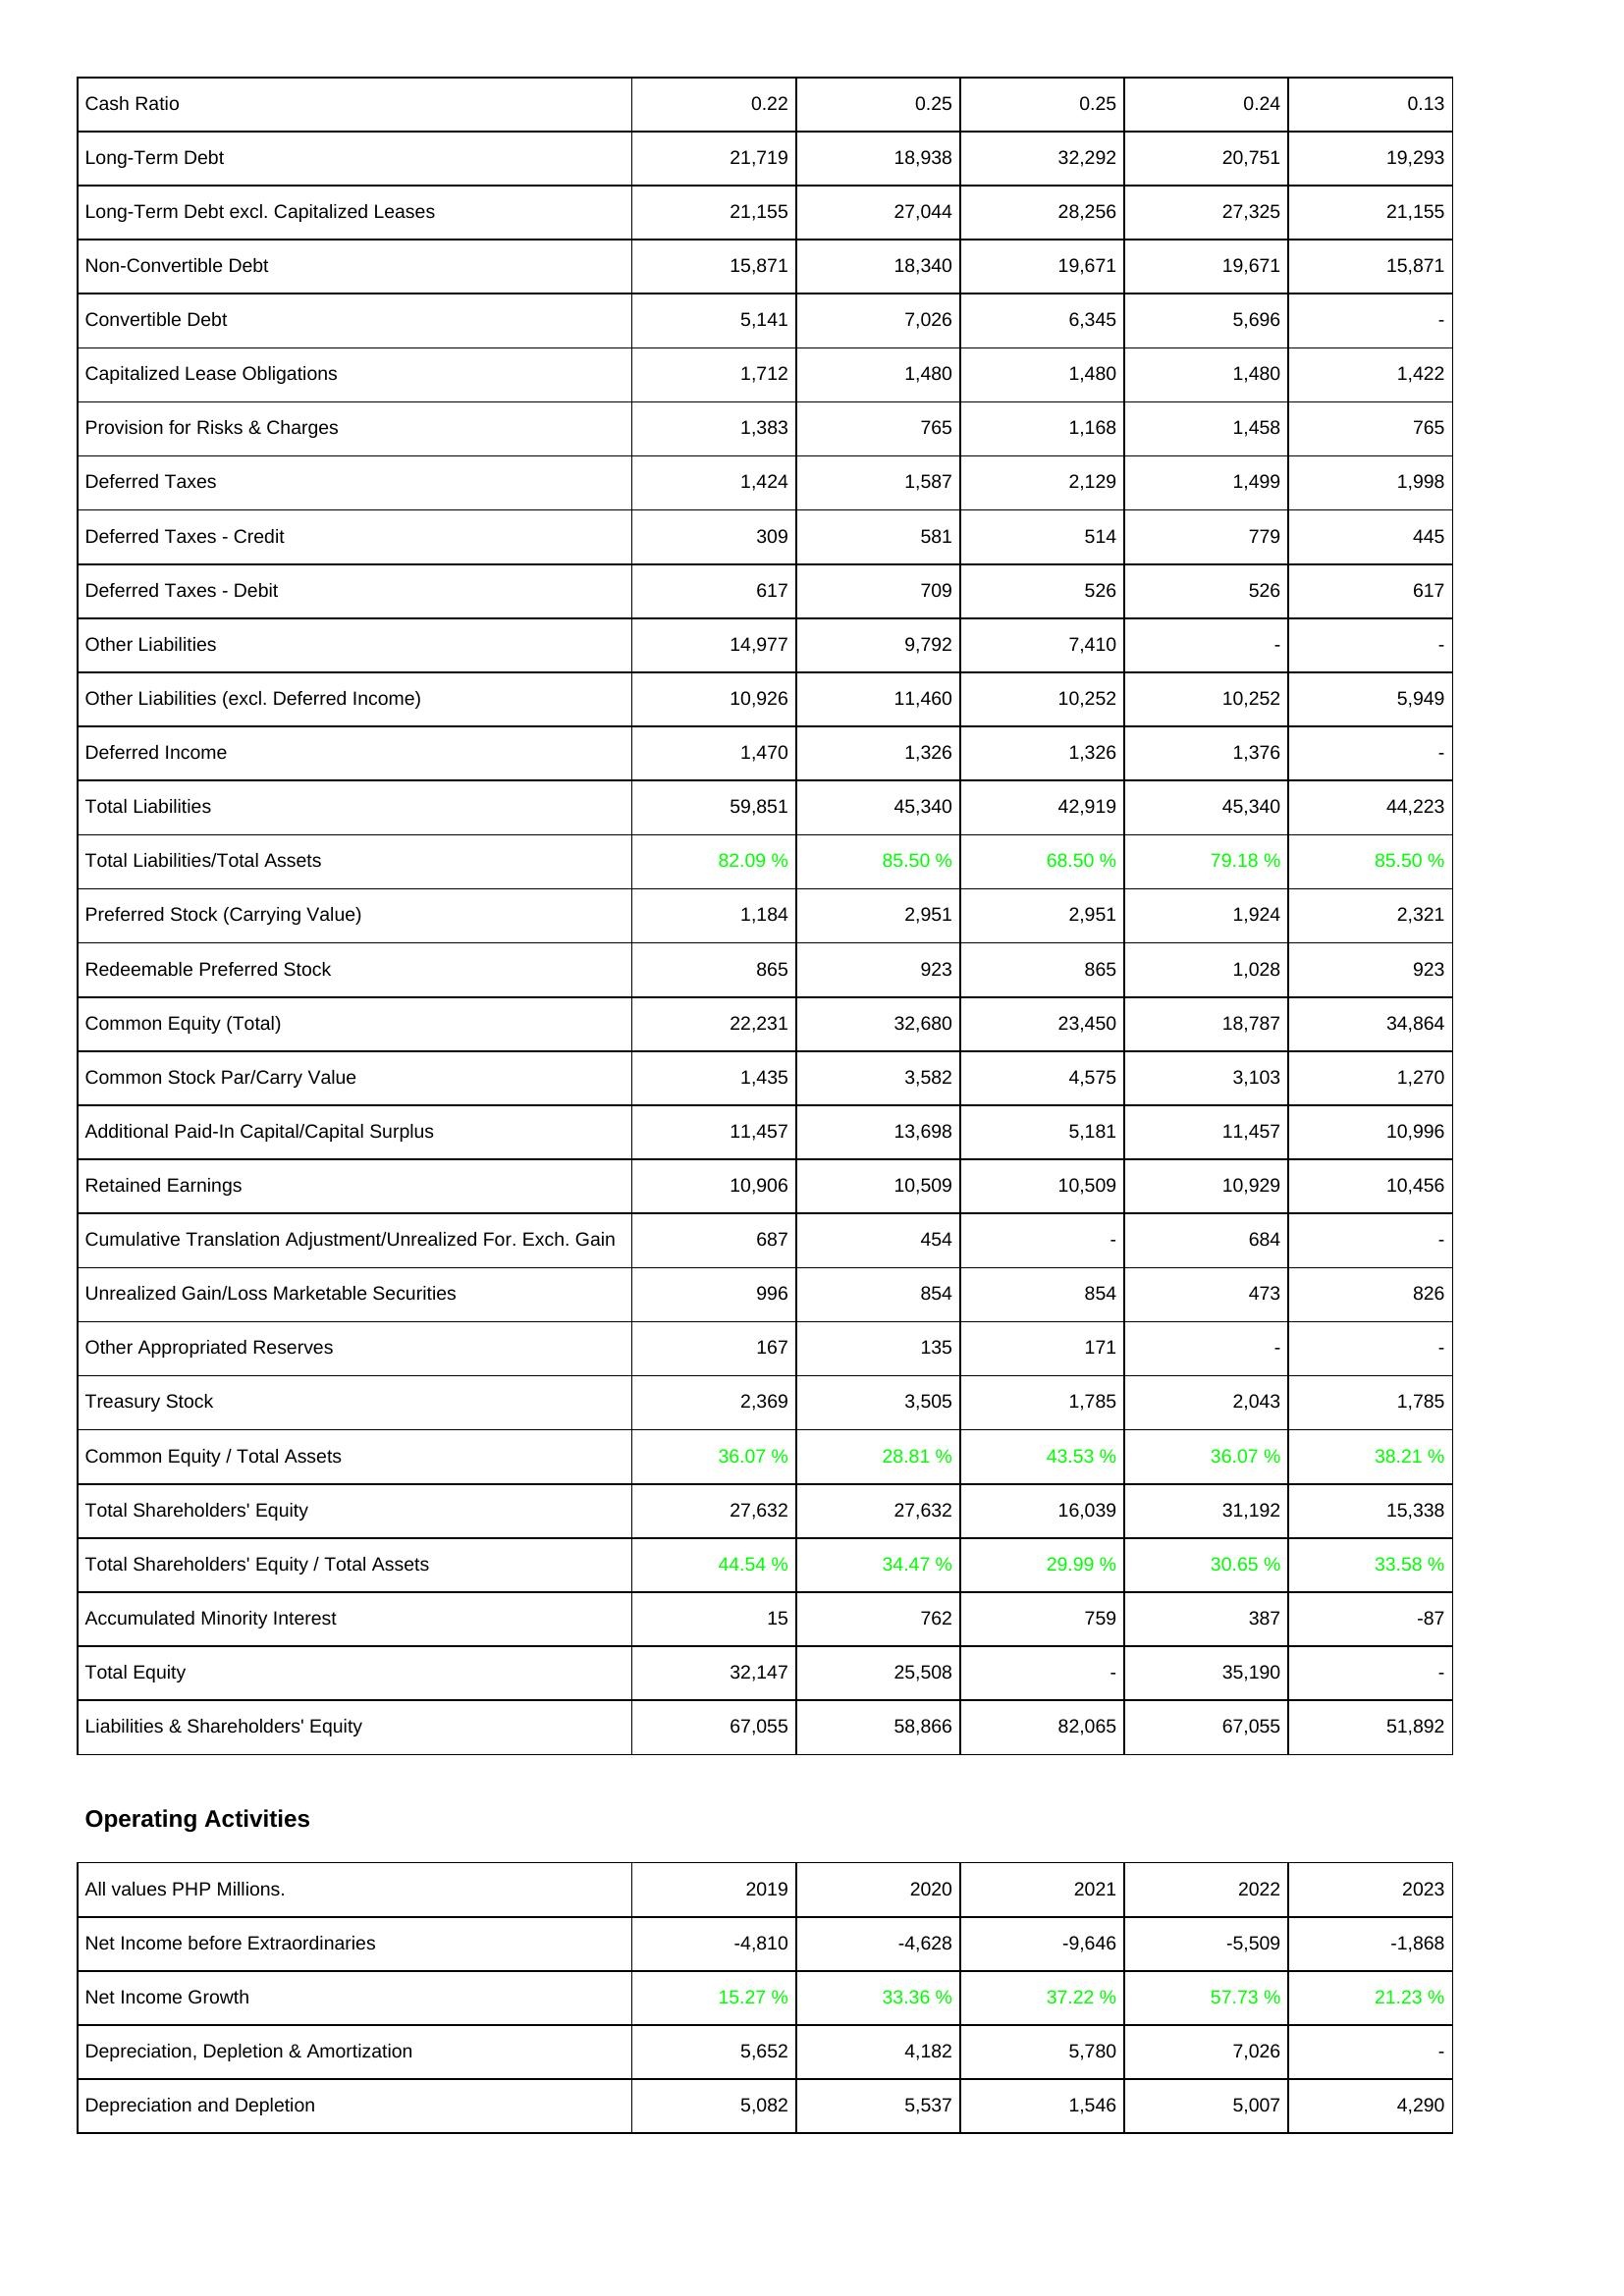
2019: Liabilities & Shareholders' Equity: Cash Ratio: 0.22
Long-Term Debt: 21,719
Long-Term Debt excl. Capitalized Leases: 21,155
Non-Convertible Debt: 15,871
Convertible Debt: 5,141
Capitalized Lease Obligations: 1,712
Provision for Risks & Charges: 1,383
Deferred Taxes: 1,424
Deferred Taxes - Credit: 309
Deferred Taxes - Debit: 617
Other Liabilities: 14,977
Other Liabilities (excl. Deferred Income): 10,926
Deferred Income: 1,470
Total Liabilities: 59,851
Total Liabilities/Total Assets: 82.09 %
Preferred Stock (Carrying Value): 1,184
Redeemable Preferred Stock: 865
Common Equity (Total): 22,231
Common Stock Par/Carry Value: 1,435
Additional Paid-In Capital/Capital Surplus: 11,457
Retained Earnings: 10,906
Cumulative Translation Adjustment/Unrealized For. Exch. Gain: 687
Unrealized Gain/Loss Marketable Securities: 996
Other Appropriated Reserves: 167
Treasury Stock: 2,369
Common Equity / Total Assets: 36.07 %
Total Shareholders' Equity: 27,632
Total Shareholders' Equity / Total Assets: 44.54 %
Accumulated Minority Interest: 15
Total Equity: 32,147
Liabilities & Shareholders' Equity: 67,055
Operating Activities: Net Income before Extraordinaries: -4,810
Net Income Growth: 15.27 %
Depreciation, Depletion & Amortization: 5,652
Depreciation and Depletion: 5,082
2020: Liabilities & Shareholders' Equity: Cash Ratio: 0.25
Long-Term Debt: 18,938
Long-Term Debt excl. Capitalized Leases: 27,044
Non-Convertible Debt: 18,340
Convertible Debt: 7,026
Capitalized Lease Obligations: 1,480
Provision for Risks & Charges: 765
Deferred Taxes: 1,587
Deferred Taxes - Credit: 581
Deferred Taxes - Debit: 709
Other Liabilities: 9,792
Other Liabilities (excl. Deferred Income): 11,460
Deferred Income: 1,326
Total Liabilities: 45,340
Total Liabilities/Total Assets: 85.50 %
Preferred Stock (Carrying Value): 2,951
Redeemable Preferred Stock: 923
Common Equity (Total): 32,680
Common Stock Par/Carry Value: 3,582
Additional Paid-In Capital/Capital Surplus: 13,698
Retained Earnings: 10,509
Cumulative Translation Adjustment/Unrealized For. Exch. Gain: 454
Unrealized Gain/Loss Marketable Securities: 854
Other Appropriated Reserves: 135
Treasury Stock: 3,505
Common Equity / Total Assets: 28.81 %
Total Shareholders' Equity: 27,632
Total Shareholders' Equity / Total Assets: 34.47 %
Accumulated Minority Interest: 762
Total Equity: 25,508
Liabilities & Shareholders' Equity: 58,866
Operating Activities: Net Income before Extraordinaries: -4,628
Net Income Growth: 33.36 %
Depreciation, Depletion & Amortization: 4,182
Depreciation and Depletion: 5,537
2021: Liabilities & Shareholders' Equity: Cash Ratio: 0.25
Long-Term Debt: 32,292
Long-Term Debt excl. Capitalized Leases: 28,256
Non-Convertible Debt: 19,671
Convertible Debt: 6,345
Capitalized Lease Obligations: 1,480
Provision for Risks & Charges: 1,168
Deferred Taxes: 2,129
Deferred Taxes - Credit: 514
Deferred Taxes - Debit: 526
Other Liabilities: 7,410
Other Liabilities (excl. Deferred Income): 10,252
Deferred Income: 1,326
Total Liabilities: 42,919
Total Liabilities/Total Assets: 68.50 %
Preferred Stock (Carrying Value): 2,951
Redeemable Preferred Stock: 865
Common Equity (Total): 23,450
Common Stock Par/Carry Value: 4,575
Additional Paid-In Capital/Capital Surplus: 5,181
Retained Earnings: 10,509
Cumulative Translation Adjustment/Unrealized For. Exch. Gain: -
Unrealized Gain/Loss Marketable Securities: 854
Other Appropriated Reserves: 171
Treasury Stock: 1,785
Common Equity / Total Assets: 43.53 %
Total Shareholders' Equity: 16,039
Total Shareholders' Equity / Total Assets: 29.99 %
Accumulated Minority Interest: 759
Total Equity: -
Liabilities & Shareholders' Equity: 82,065
Operating Activities: Net Income before Extraordinaries: -9,646
Net Income Growth: 37.22 %
Depreciation, Depletion & Amortization: 5,780
Depreciation and Depletion: 1,546
2022: Liabilities & Shareholders' Equity: Cash Ratio: 0.24
Long-Term Debt: 20,751
Long-Term Debt excl. Capitalized Leases: 27,325
Non-Convertible Debt: 19,671
Convertible Debt: 5,696
Capitalized Lease Obligations: 1,480
Provision for Risks & Charges: 1,458
Deferred Taxes: 1,499
Deferred Taxes - Credit: 779
Deferred Taxes - Debit: 526
Other Liabilities: -
Other Liabilities (excl. Deferred Income): 10,252
Deferred Income: 1,376
Total Liabilities: 45,340
Total Liabilities/Total Assets: 79.18 %
Preferred Stock (Carrying Value): 1,924
Redeemable Preferred Stock: 1,028
Common Equity (Total): 18,787
Common Stock Par/Carry Value: 3,103
Additional Paid-In Capital/Capital Surplus: 11,457
Retained Earnings: 10,929
Cumulative Translation Adjustment/Unrealized For. Exch. Gain: 684
Unrealized Gain/Loss Marketable Securities: 473
Other Appropriated Reserves: -
Treasury Stock: 2,043
Common Equity / Total Assets: 36.07 %
Total Shareholders' Equity: 31,192
Total Shareholders' Equity / Total Assets: 30.65 %
Accumulated Minority Interest: 387
Total Equity: 35,190
Liabilities & Shareholders' Equity: 67,055
Operating Activities: Net Income before Extraordinaries: -5,509
Net Income Growth: 57.73 %
Depreciation, Depletion & Amortization: 7,026
Depreciation and Depletion: 5,007
2023: Liabilities & Shareholders' Equity: Cash Ratio: 0.13
Long-Term Debt: 19,293
Long-Term Debt excl. Capitalized Leases: 21,155
Non-Convertible Debt: 15,871
Convertible Debt: -
Capitalized Lease Obligations: 1,422
Provision for Risks & Charges: 765
Deferred Taxes: 1,998
Deferred Taxes - Credit: 445
Deferred Taxes - Debit: 617
Other Liabilities: -
Other Liabilities (excl. Deferred Income): 5,949
Deferred Income: -
Total Liabilities: 44,223
Total Liabilities/Total Assets: 85.50 %
Preferred Stock (Carrying Value): 2,321
Redeemable Preferred Stock: 923
Common Equity (Total): 34,864
Common Stock Par/Carry Value: 1,270
Additional Paid-In Capital/Capital Surplus: 10,996
Retained Earnings: 10,456
Cumulative Translation Adjustment/Unrealized For. Exch. Gain: -
Unrealized Gain/Loss Marketable Securities: 826
Other Appropriated Reserves: -
Treasury Stock: 1,785
Common Equity / Total Assets: 38.21 %
Total Shareholders' Equity: 15,338
Total Shareholders' Equity / Total Assets: 33.58 %
Accumulated Minority Interest: -87
Total Equity: -
Liabilities & Shareholders' Equity: 51,892
Operating Activities: Net Income before Extraordinaries: -1,868
Net Income Growth: 21.23 %
Depreciation, Depletion & Amortization: -
Depreciation and Depletion: 4,290